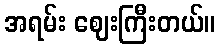
အရမ်း ဈေးကြီးတယ်။